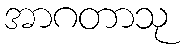
အာဂတာသု